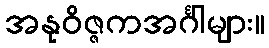
အနုဝိဇ္ဇကအင်္ဂါများ။